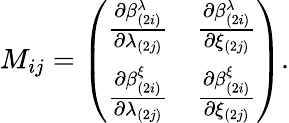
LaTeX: M_{ij}=\left(\begin{array}{cc}{{{\frac{\partial\beta_{(2i)}^{\lambda}}{\partial\lambda_{(2j)}}}}}&{{{\frac{\partial\beta_{(2i)}^{\lambda}}{\partial\xi_{(2j)}}}}}\\ {{{\frac{\partial\beta_{(2i)}^{\xi}}{\partial\lambda_{(2j)}}}}}&{{{\frac{\partial\beta_{(2i)}^{\xi}}{\partial\xi_{(2j)}}}}}\end{array}\right).